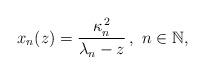
LaTeX: \begin{align*}x_{n}(z)=\frac{\kappa_{n}^{\,2}}{\lambda_{n}-z}\,,\ n\in\mathbb{N},\end{align*}